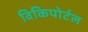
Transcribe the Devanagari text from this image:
विकिपोर्टल